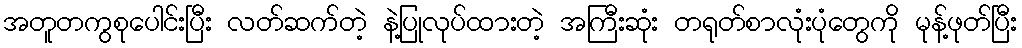
အတူတကွစုပေါင်းပြီး လတ်ဆက်တဲ့ နဲ့ပြုလုပ်ထားတဲ့ အကြီးဆုံး တရုတ်စာလုံးပုံတွေကို မုန့်ဖုတ်ပြီး